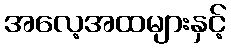
အလေ့အထများနှင့်